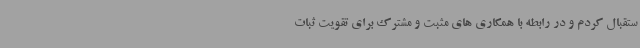
ستقبال کردم و در رابطه با همکاری های مثبت و مشترک برای تقویت ثبات